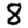
Digit: 8